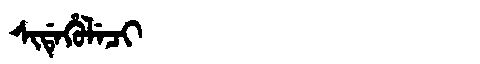
Manchu: ᠰᡳᡩᡝᡥᡠᠯᡝᠴᡳ
Romanization: SIDEHULECI